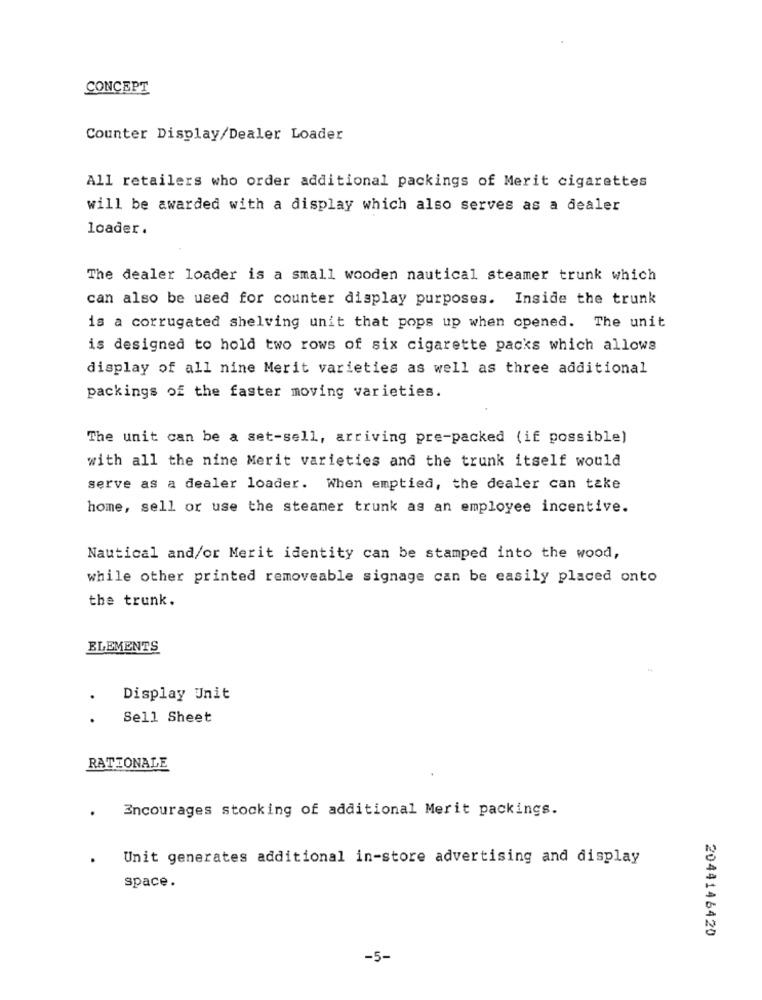
CONCEPT
Counter Display/Dealer Loader
All retailers who order additional packings of Merit cigarettes
will be awarded with a display which also serves as a dealer
loader.
The dealer loader is a small wooden nautical steamer trunk which
can also be used for counter display purposes. Inside the trunk
is a corrugated shelving unit that pops up when opened. The unit
is designed to hold two rows of six cigarette packs which allows
display of all nine Merit varieties as well as three additional
packings of the faster moving varieties.
The unit can be a set-sell, arriving pre-packed (if possible)
with all the nine Merit varieties and the trunk itself would
serve as a dealer loader. When emptied, the dealer can take
home, sell or use the steamer trunk as an employee incentive.
Nautical and/or Merit identity can be stamped into the wood,
while other printed removeable signage can be easily placed onto
the trunk.
ELEMENTS
Display Unit
Sell Sheet
RATIONALE
Encourages stocking of additional Merit packings.
Unit generates additional in-store advertising and display
space.
2044146420
-5-